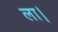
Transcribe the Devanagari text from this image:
ला।